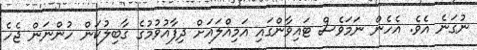
ނުގަނެ އެވެ. އެހެން ނަމަވެސް ޓައިވާންގައި އަމިއްލައަށް ދިފާއުވުމުގެ ގާބިލުކަން ހުންނަން ޖެހެ